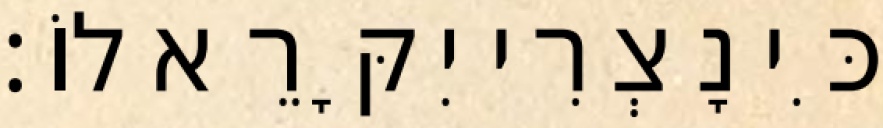
כִּי נָצְרִי יִקָּרֵא לוֹ׃